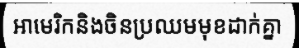
អាមេរិកនិងចិនប្រឈមមុខដាក់គ្នា